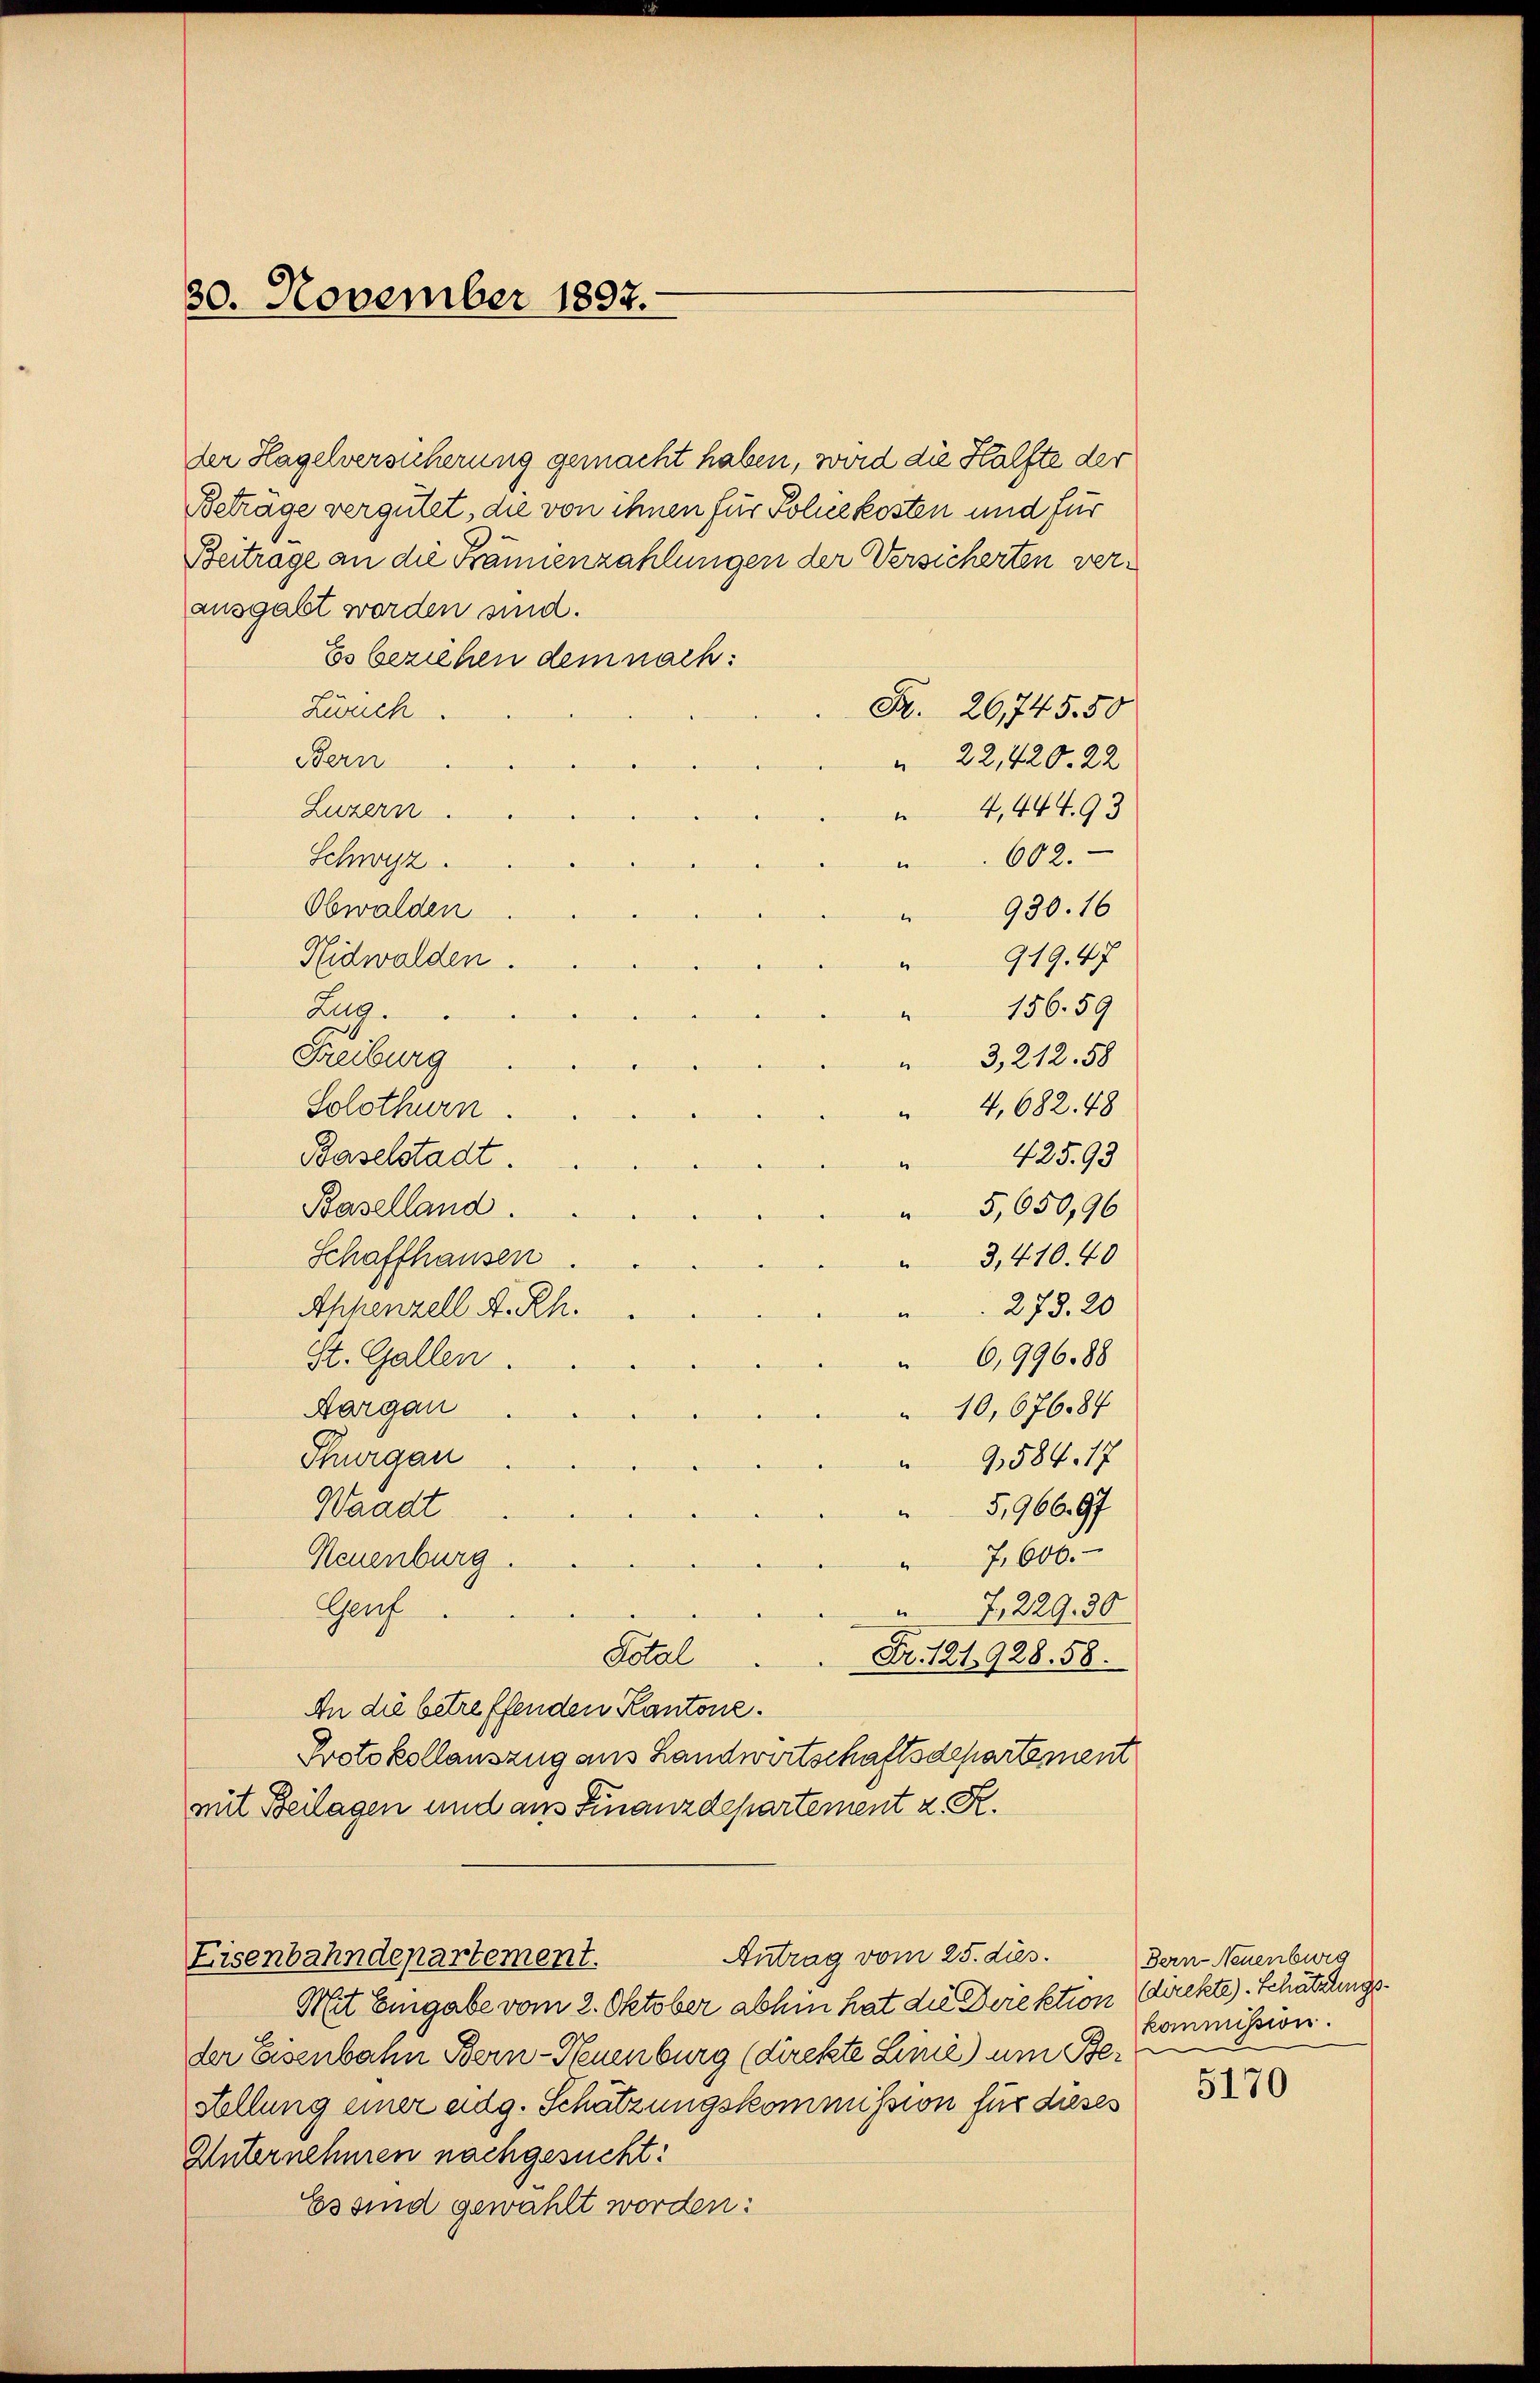
30. November 1897.

ausgabt werden sind.
Es beziehen dem nach:
.
zwuch.
Bern
Luzern.
Schwyz.
Obwalden
Nidwalden.
Zug.
Freiburg
Solothurn.
Baselstadt.
Baselland.
Schaffhausen
Appenzell A. Rh.
St. Gallen.
Aargau
Thurgau
5,966. 97
Waadt
7,600.
Neuenburg
Genf
e
7,229. 30
Total
Fr. 121928. 58.
An die betreffenden Kantone.
Protokollauszug aus Landwirtschaftsdepartement
mit Beilagen und aus Finanzdepartement z. R.
Antrag vom 25. dies.
Eisenbahndepartement.
Mit Eingabe vom 2. Oktober abhin hat die Direktion direkte). Schätzungsder Eisenbahn Bern-Neuenburg (direkte Linie) um Ber
Stellung einer adg. Schätzungskommission für dieses
Unternehmen nachgesucht:
Es sind gewählt worden:

der Hagelversicherung gemacht haben, wird die Hälfte der
Beträge vergütet, die von ihnen für Polie kosten und für
Beitrage an die Främienzahlungen der Versicherten ver¬
602.
e
919.47
156. 59
3,212. 58
4,682. 48
e
425.93
e
5,650,96
e
3,410. 40
273. 20
6,99688
10,67684
9,584. 17

Pr. 26745.50
" 22,420. 22
 4,44493

930. 16

Bern-Neuenburg
kommission.

5170